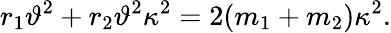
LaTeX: r_{1}\vartheta^{2}+r_{2}\vartheta^{2}\kappa^{2}=2(m_{1}+m_{2})\kappa^{2}.